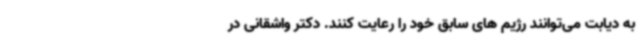
به دیابت می‌توانند رژیم های سابق خود را رعایت کنند. دکتر واشقانی در